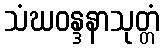
သံဃဝန္ဒနာသုတ္တံ